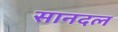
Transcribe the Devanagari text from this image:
सानदल